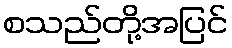
စသည်တို့အပြင်